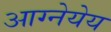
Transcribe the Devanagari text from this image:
आग्नेयेय